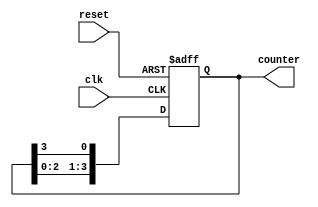
module ring_counter #(parameter N = 4) (
    input wire clk,              // Clock input
    input wire reset,            // Asynchronous reset input
    output reg [N-1:0] counter   // Counter output
);

    // Sequential logic for the ring counter
    always @(posedge clk or posedge reset) begin
        if (reset) begin
            // Initialize the counter: only the MSB is set to '1'
            counter <= 1'b1 << (N-1); // For N=4, it initializes to 1000
        end else begin
            // Shift the '1' in the ring counter
            counter <= {counter[N-2:0], counter[N-1]};
        end
    end
endmodule